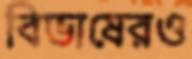
বিভাষেরও